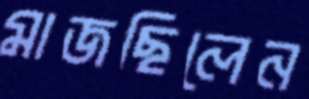
মাজছিলেন